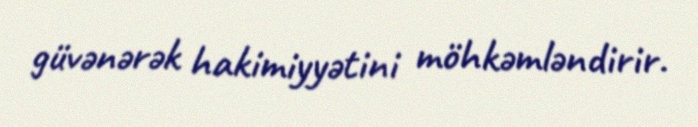
güvənərək hakimiyyətini möhkəmləndirir.